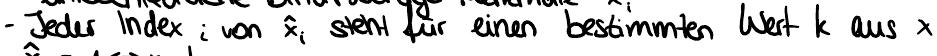
- Jeder Index i von x steht für einen bestimmten Wert k aus x